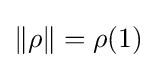
\|\rho \|=\rho (1)